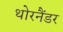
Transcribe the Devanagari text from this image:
थोरनैंडर